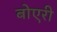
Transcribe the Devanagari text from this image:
बोएरी